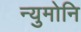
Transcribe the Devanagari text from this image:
न्युमोनि